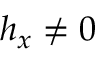
{ h _ { x } \neq 0 }